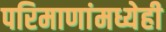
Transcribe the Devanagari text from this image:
परिमाणांमध्येही